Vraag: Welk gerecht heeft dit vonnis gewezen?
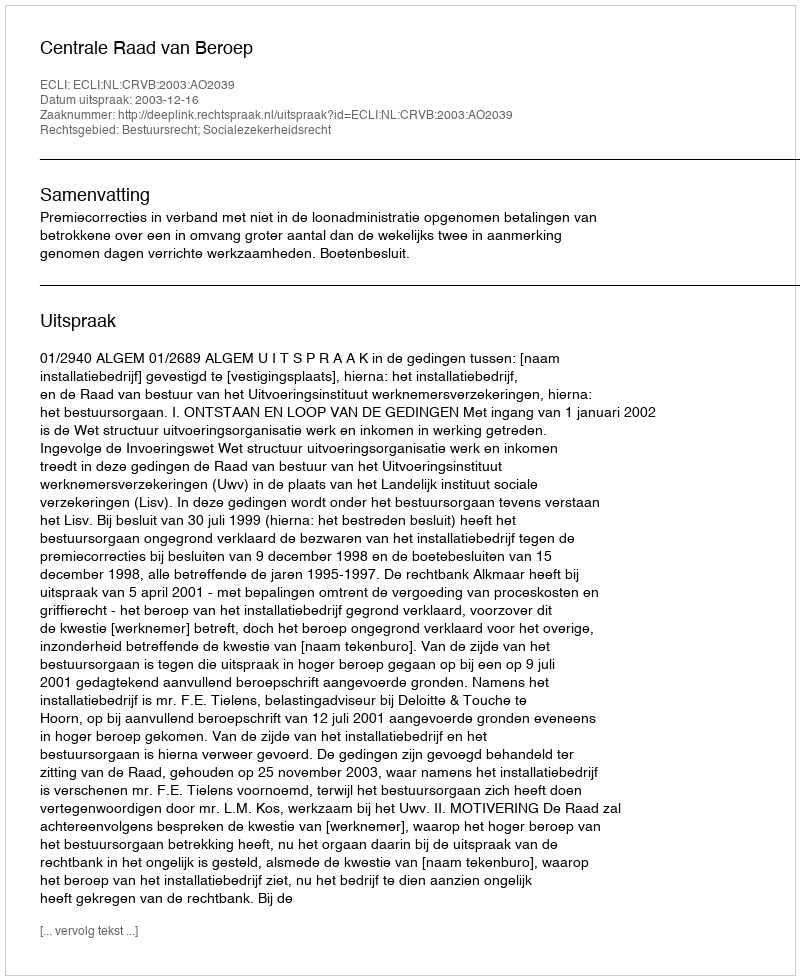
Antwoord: Centrale Raad van Beroep